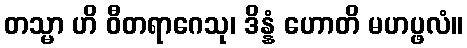
တသ္မာ ဟိ ဝီတရာဂေသု၊ ဒိန္နံ ဟောတိ မဟပ္ဖလံ။